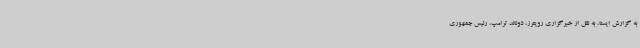
به گزارش ایسنا، به نقل از خبرگزاری رویترز، دونالد ترامپ، رئیس جمهوری